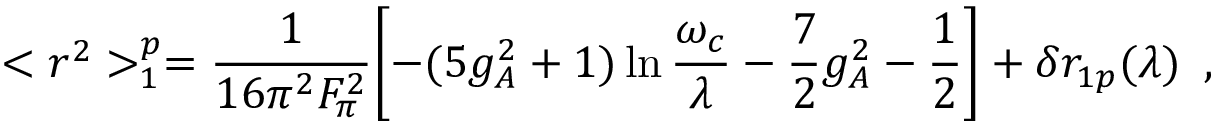
< r ^ { 2 } > _ { 1 } ^ { p } = \frac { 1 } { 1 6 \pi ^ { 2 } F _ { \pi } ^ { 2 } } \biggl [ - ( 5 g _ { A } ^ { 2 } + 1 ) \ln \frac { \omega _ { c } } { \lambda } - \frac { 7 } { 2 } g _ { A } ^ { 2 } - \frac { 1 } { 2 } \biggr ] + \delta r _ { 1 p } ( \lambda ) \, \, \, ,